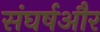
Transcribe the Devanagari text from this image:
संघर्षऔर